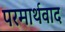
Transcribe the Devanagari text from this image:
परमार्थवाद